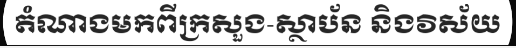
តំណាងមកពីក្រសួង-ស្ថាប័ន និងវិស័យ